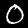
Label: 0